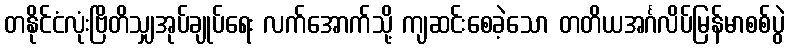
တနိုင်ငံလုံးဗြိတိသျှအုပ်ချုပ်ရေး လက်အောက်သို့ ကျဆင်းစေခဲ့သော တတိယအင်္ဂလိပ်မြန်မာစစ်ပွဲ